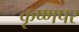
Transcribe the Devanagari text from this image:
कृष्णपर